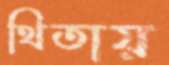
থিতায়